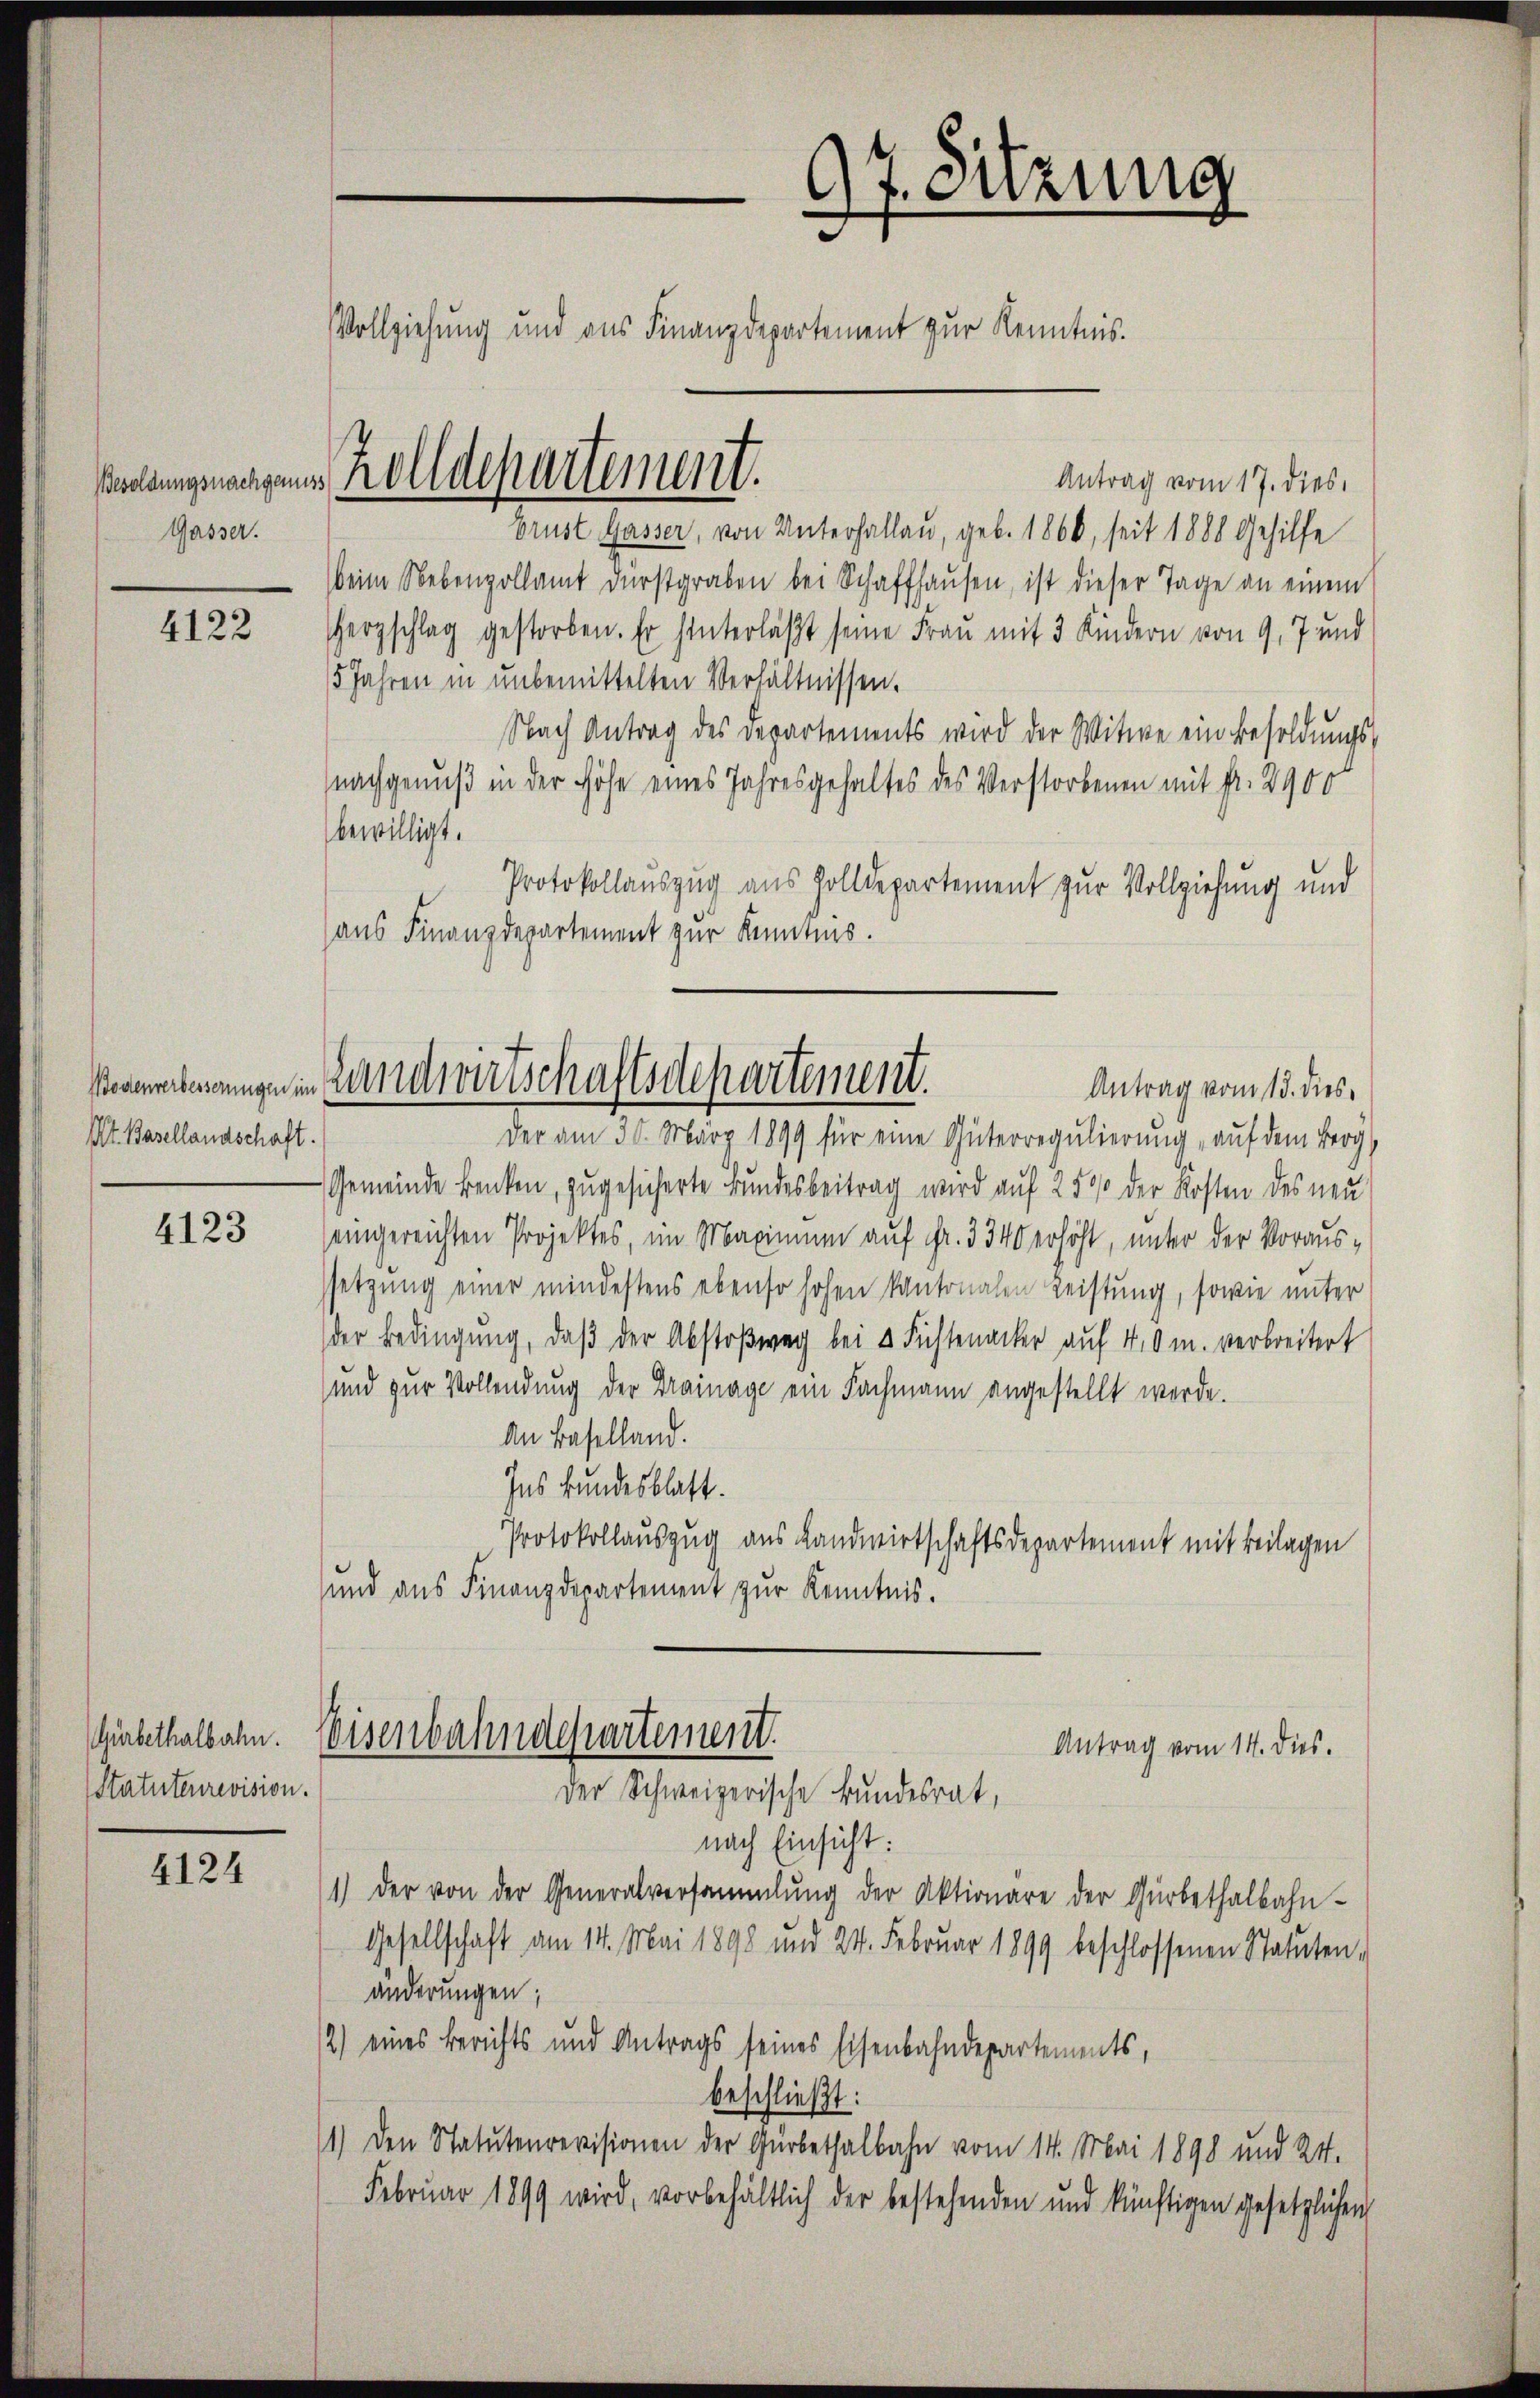
Gasser.

4122

Kt. Basellandschaft.

4123

Gürbethalbahn.
Statutenrevision.

4124

97. Sitzung
Vollziehung und aus Finanzdepartement zur Kenntnis.

Antrag vom 17. dies
brust Gasser, von Unterhallau, geb. 1860, seit 1888 Gehilfe
beim Nebenzollamt dŭrstgraben bei Schaffhaŭsen, ist dieser Tage an einem
Herzschlag gestorben. Er hinterläßt seine Frau mit 3 Kindern von 9, 7 und
15 Jahren in unbemittelten Verhältnissen.
Nach Antrag des Departements wird der Witwe ein Besoldungs-
nachgenuß in der Höhe eines Jahresgehaltes des Verstorbenen mit Fr. 2900
bewilligt.
Protokollauszug aus Zolldepartement zur Vollziehung und
aus Finanzdepartement zur Kenntnis.
Antrag vom 15. dies¬
Der am 30. März 1899 für eine Güterregulierung auf dem Berg
Gemeinde Benken, zugesicherte Bundesbeitrag wird auf 25% der Kosten des neu
eingereichten Projektes, im Maximum auf Fr. 3340 erhöht, unter der Voraussetzung einer mindestens ebenso hohen kantonalen Leistung, sowie unter
der Bedingŭng, daβ der Abstoβweg bei u Füstenacker auf 40 m. verbreitert
und zur Vollendung der Drainage ein Fachmann angestellt werde.
An Baselland.
Ins Bundesblatt.
Protokollauszug aus Landwirtschaftsdepartement mit Beilagen
und aus Finanzdepartement zur Kenntnis.
Eisenbahndepartement.
Antrag vom 14. dies.
Der Schweizerische Bundesrat,
nach Einsicht:
1) der von der Generalversammlung der Aktionare der Gürbethalbahn-
Gesellschaft am 14. Mai 1898 und 24. Februar 1899 beschlossenen Statuten,
änderungen;
2) eines Berichts und Antrags seines Eisenbahndepartements,
beschließt:
1.) Den Statutenrevisionen der Gürbethalbahn vom 14. Mai 1898 und 24.
Februar 1899 wird, vorbehältlich der bestehenden und künftigen gesetzlichen

Pueldungswagen Zolldepartement.

Veranerkennungen in Handwirtschaftsdepartement.